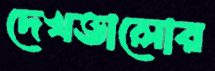
দেখভালোর